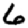
Digit: 6